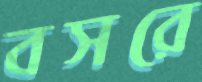
বসরে